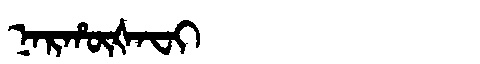
Manchu: ᠨᠠᡵᡥᡡᡧᠠᠸᡳ
Romanization: NARHŪŠAFI